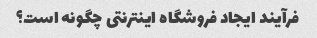
فرآیند ایجاد فروشگاه اینترنتی چگونه است؟